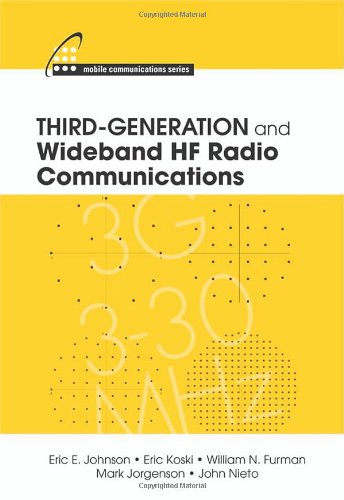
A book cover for Third-Generation and Wideband HF Radio Communications (Mobile Communications); Eric E. Johnson; Crafts, Hobbies & Home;